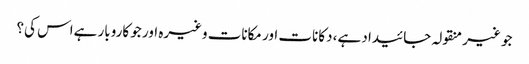
جو غیر منقولہ جائیداد ہے، دکانات اور مکانات وغیرہ اور جو کاروبار ہےاس کی؟